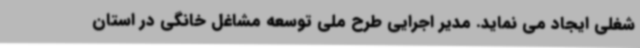
شغلی ایجاد می نماید. مدیر اجرایی طرح ملی توسعه مشاغل خانگی در استان